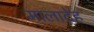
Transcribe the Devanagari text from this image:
मालादेह